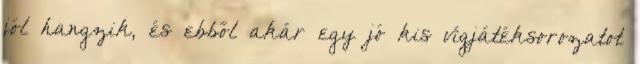
jól hangzik, és ebből akár egy jó kis vígjátéksorozatot